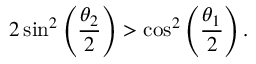
2 \sin ^ { 2 } \left( \frac { \theta _ { 2 } } { 2 } \right) > \cos ^ { 2 } \left( \frac { \theta _ { 1 } } { 2 } \right) .